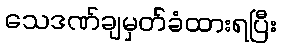
သေဒဏ်ချမှတ်ခံထားရပြီး